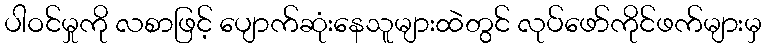
ပါဝင်မှုကို လစာဖြင့် ပျောက်ဆုံးနေသူများထဲတွင် လုပ်ဖော်ကိုင်ဖက်များမှ